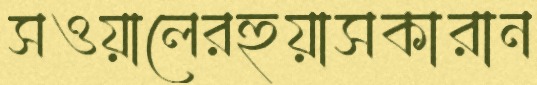
সওয়ালেরহুয়াসকারান